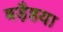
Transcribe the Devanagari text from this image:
बड़ैहया